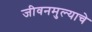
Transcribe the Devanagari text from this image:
जीवनमुल्याचे